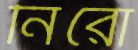
নিরো